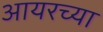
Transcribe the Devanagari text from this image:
आयरच्या